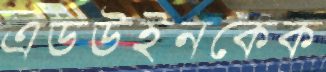
এডউইনকেক